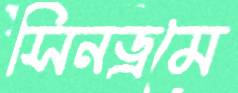
সিনড্রমে